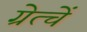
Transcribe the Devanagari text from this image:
ग्रेत्चें